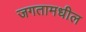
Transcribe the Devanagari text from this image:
जगतामधील